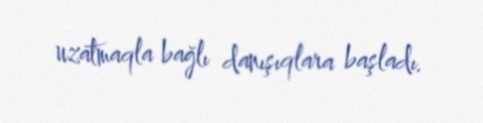
uzatmaqla bağlı danışıqlara başladı.